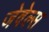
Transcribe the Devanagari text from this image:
जेवेल्स